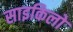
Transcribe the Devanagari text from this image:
साइकिलो